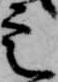
定